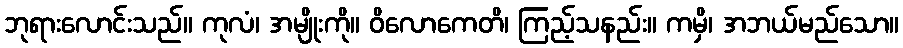
ဘုရားလောင်းသည်။ ကုလံ၊ အမျိုးကို။ ဝိလောကေတိ၊ ကြည့်သနည်း။ ကမှိ၊ အဘယ်မည်သော။